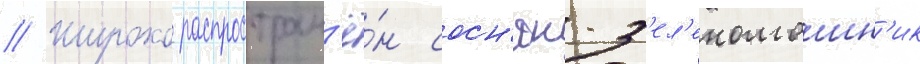
// Широко распростран'ё́н сосн'як-з'ел'еномошн'ик